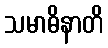
သမာဓိနာတိ